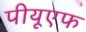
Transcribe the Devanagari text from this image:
पीयूएफ